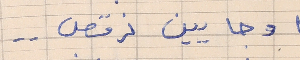
او جايين نرقص  . .